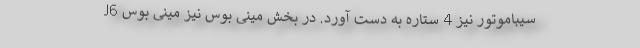
J6 سیباموتور نیز 4 ستاره به دست آورد. در بخش مینی بوس نیز مینی بوس